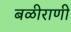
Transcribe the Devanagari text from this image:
बळीराणी